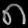
Digit: ၈